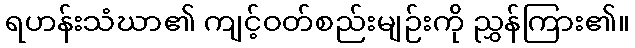
ရဟန်းသံဃာ၏ ကျင့်ဝတ်စည်းမျဉ်းကို ညွှန်ကြား၏။